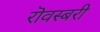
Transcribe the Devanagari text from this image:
रॊवस्बरी